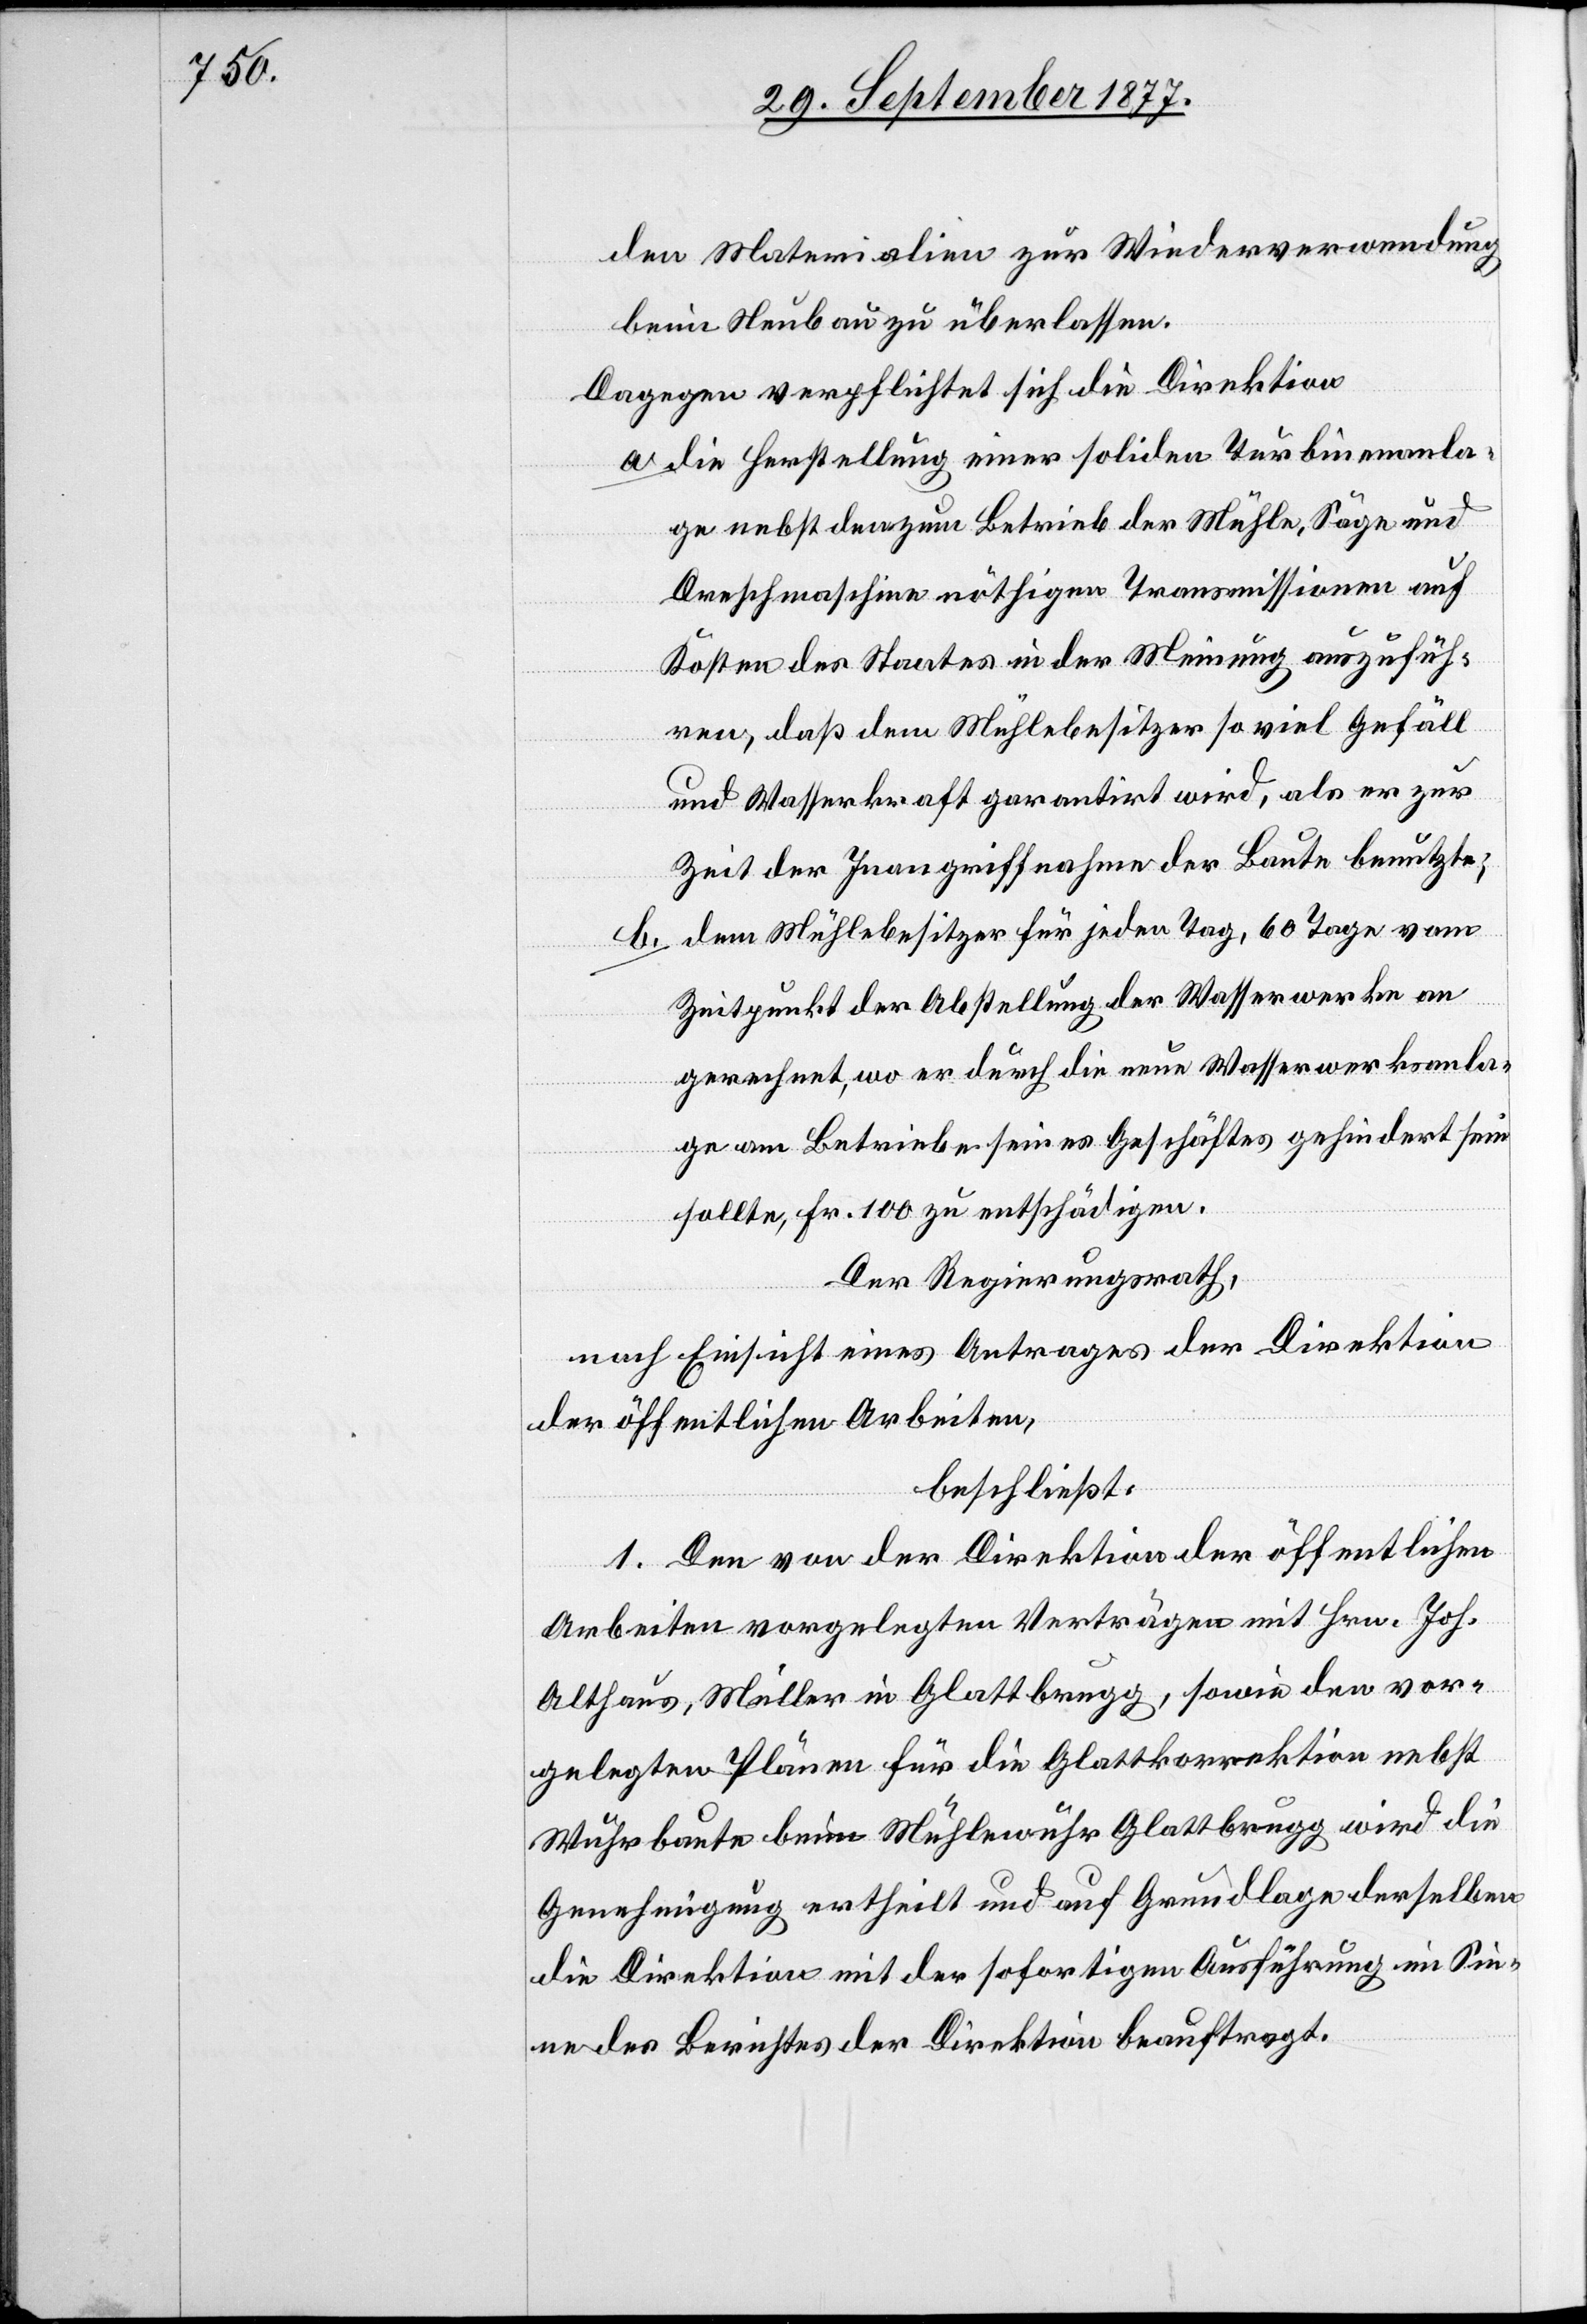
den Materialien zur Wiederverwendung
beim Neubau zu überlassen.
Dagegen verpflichtet sich die Direktion
die Herstellung einer soliden Turbinenanla¬
ge nebst den zum Betrieb der Mühle, Säge und
Dreschmaschine nöthigen Transmissionen auf
Kosten des Staates in der Meinung auszufüh¬
ren, daß dem Mühlebesitzer so viel Gefäll
und Wasserkraft garantirt wird, als er zur
Zeit der Inangriffnahme der Baute benutzte;
dem Mühlebesitzer für jeden Tag, 60 Tage vom
b.
Zeitpunkt der Abstellung der Wasserwerke an
gerechnet, wo er durch die neue Wasserwerksanla¬
ge am Betriebe seines Geschäftes gehindert sein
sollte, Fr. 100 zu entschädigen.
Der Regierungsrath,
nach Einsicht eines Antrages der Direktion
der öffentlichen Arbeiten,
beschließt:
1. Den von der Direktion der öffentlichen
Arbeiten vorgelegten Verträgen mit Hrn. Joh.
Althaus, Müller in Glattbrugg, sowie den vor¬
gelegten Plänen für die Glattkorrektion nebst
Wuhrbaute beim Mühlewuhr Glattbrugg wird die
Genehmigung ertheilt und auf Grundlage derselben
die Direktion mit der sofortigen Ausführung im Sin¬
ne des Berichtes der Direktion beauftragt.